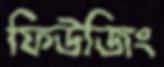
ফিউজিং